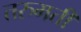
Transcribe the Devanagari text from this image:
तरुमती